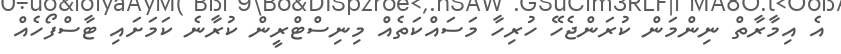
އެ އިމާރާތް ނިންމަން ކުރަންޖެހޭ ހުރިހާ މަސައްކަތެއް މިނިސްޓްރީން ކުރާނެ ކަމަށައި ޓާސްފޯހެއް